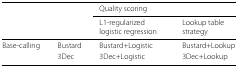
<table><thead><tr><td></td><td></td><td colspan="2"><b>Quality scoring</b></td></tr><tr><td></td><td></td><td><b>L1-regularized logistic regression</b></td><td><b>Lookup table strategy</b></td></tr></thead><tbody><tr><td>Base-calling</td><td>Bustard</td><td>Bustard+Logistic</td><td>Bustard+Lookup</td></tr><tr><td></td><td>3Dec</td><td>3Dec+Logistic</td><td>3Dec+Lookup</td></tr></tbody></table>